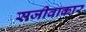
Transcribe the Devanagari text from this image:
सजीवाकार